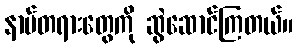
နာမ်တရားတွေကို ဆွဲဆောင်ကြတယ်။